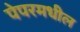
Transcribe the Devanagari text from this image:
पेपरमधील